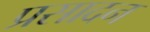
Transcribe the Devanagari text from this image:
प्रसादन